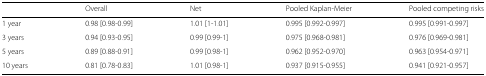
<table><thead><tr><td></td><td><b>Overall</b></td><td><b>Net</b></td><td><b>Pooled Kaplan-Meier</b></td><td><b>Pooled competing risks</b></td></tr></thead><tbody><tr><td>1 year</td><td>0.98 [0.98-0.99]</td><td>1.01 [1-1.01]</td><td>0.995 [0.992-0.997]</td><td>0.995 [0.991-0.997]</td></tr><tr><td>3 years</td><td>0.94 [0.93-0.95]</td><td>0.99 [0.99-1]</td><td>0.975 [0.968-0.981]</td><td>0.976 [0.969-0.981]</td></tr><tr><td>5 years</td><td>0.89 [0.88-0.91]</td><td>0.99 [0.98-1]</td><td>0.962 [0.952-0.970]</td><td>0.963 [0.954-0.971]</td></tr><tr><td>10 years</td><td>0.81 [0.78-0.83]</td><td>1.01 [0.98-1]</td><td>0.937 [0.915-0.955]</td><td>0.941 [0.921-0.957]</td></tr></tbody></table>